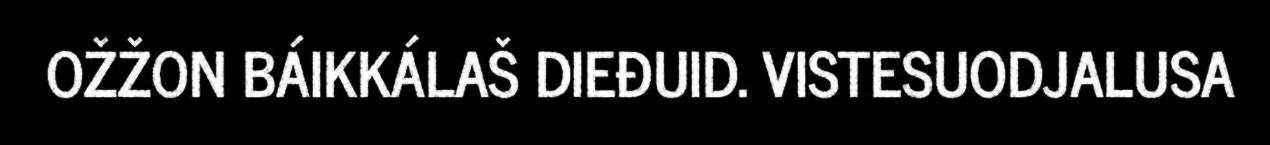
OŽŽON BÁIKKÁLAŠ DIEĐUID. VISTESUODJALUSA